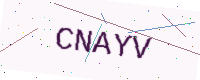
Text: CNAYV